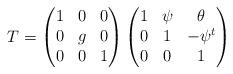
LaTeX: \begin{align*}T = \begin{pmatrix} 1&0&0\\ 0&g&0\\0&0&1\end{pmatrix}\begin{pmatrix} 1 & \psi &\theta\\ 0&1&-\psi^t\\ 0&0&1\end{pmatrix}\end{align*}